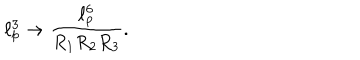
\ell _ { p } ^ { 3 } \rightarrow \frac { \ell _ { p } ^ { 6 } } { R _ { 1 } R _ { 2 } R _ { 3 } } .